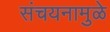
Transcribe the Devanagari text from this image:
संचयनामुळे